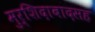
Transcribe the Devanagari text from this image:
मुर्शिदाबादसह